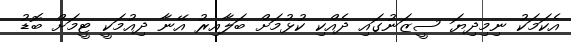
އެކަމަކު ނިމިދިޔަ ސީޒަނުގައި ދެއްކި ކުޅުމަށް ބަލާއިރު އޭނާ ދިއުމަކީ ޓީމަށް ބޮޑު